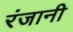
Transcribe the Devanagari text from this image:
रंजानी